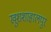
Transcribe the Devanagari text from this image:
खुशशाहालपुर